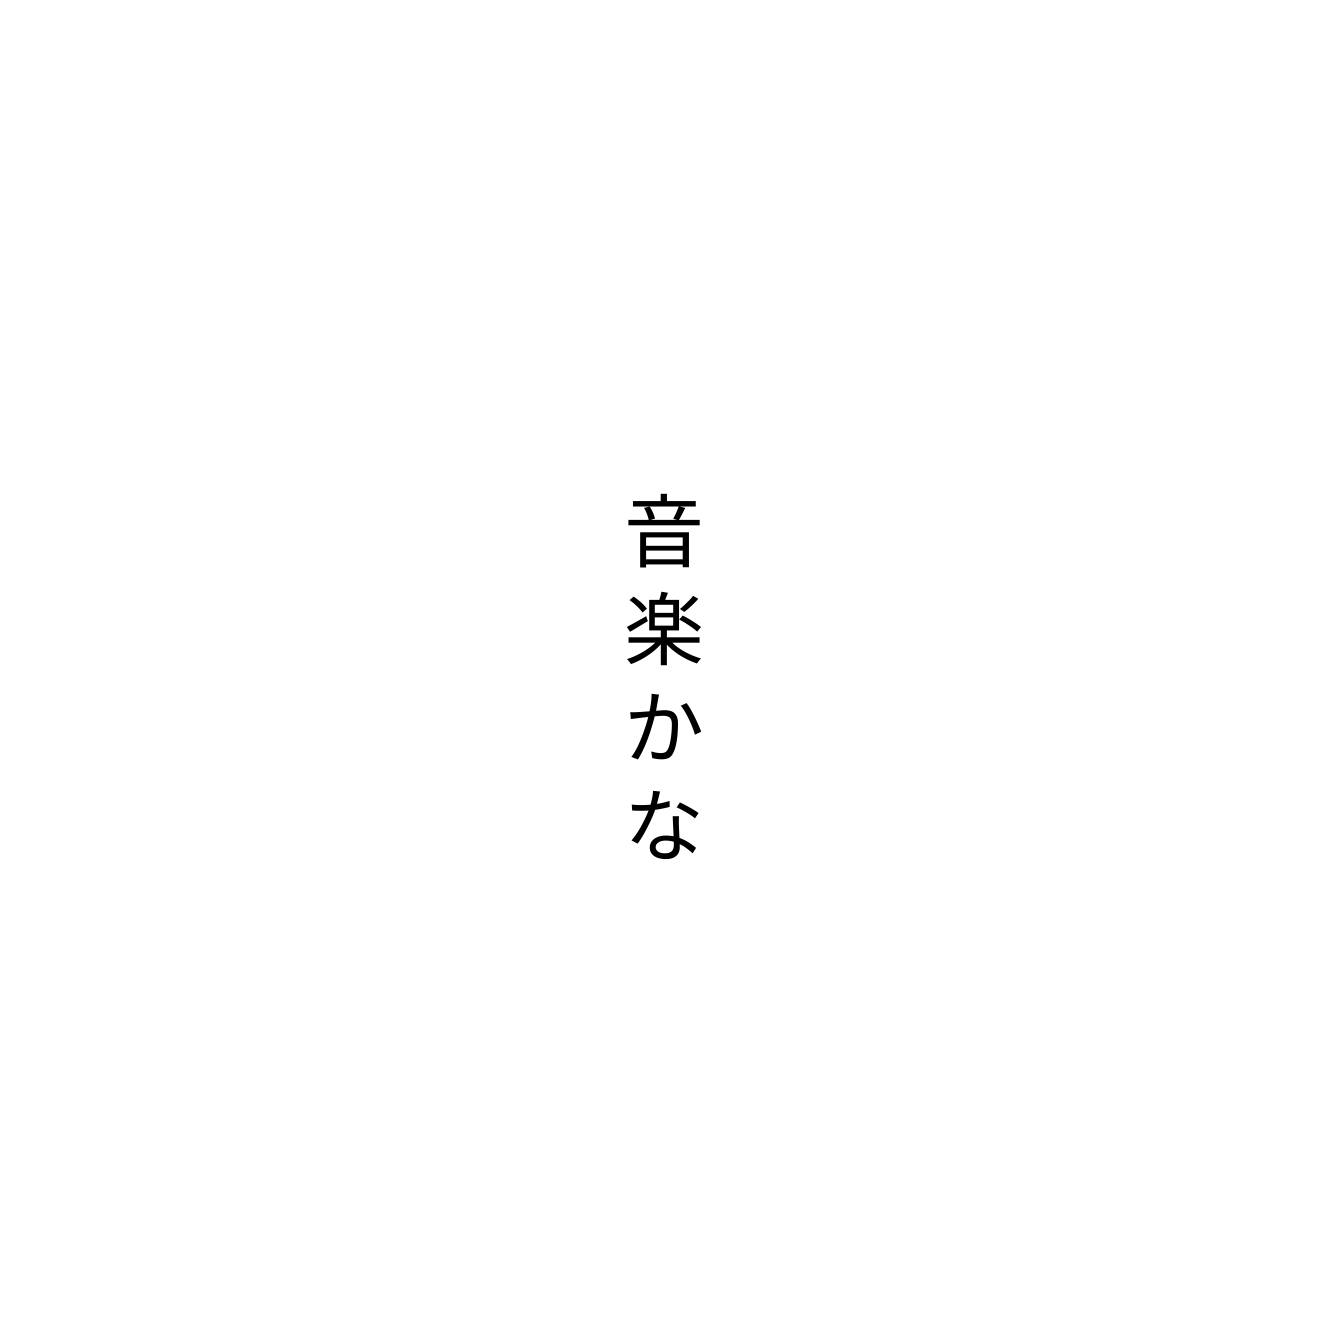
音楽かな